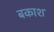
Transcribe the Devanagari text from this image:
बकाश